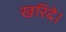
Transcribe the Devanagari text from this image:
खरिदे।